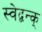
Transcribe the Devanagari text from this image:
स्वेद्बन्क्